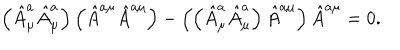
\left( \hat { A } _ { \mu } ^ { a } \hat { A } _ { \mu } ^ { a } \right) \left( \hat { A } ^ { a \mu } \hat { A } ^ { a \mu } \right) - \left( \left( \hat { A } _ { \mu } ^ { a } \hat { A } _ { \mu } ^ { a } \right) \hat { A } ^ { a \mu } \right) \hat { A } ^ { a \mu } = 0 .